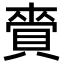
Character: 賫